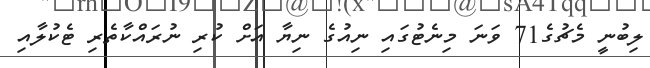
ލިބުނީ މެޗުގެ71 ވަނަ މިނެޓުގައި ނިއުގެ ނިޔާ އަށް ކުރި ނުރައްކާތެރި ޓެކުލާއި